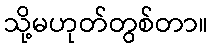
သို့မဟုတ်တွစ်တာ။